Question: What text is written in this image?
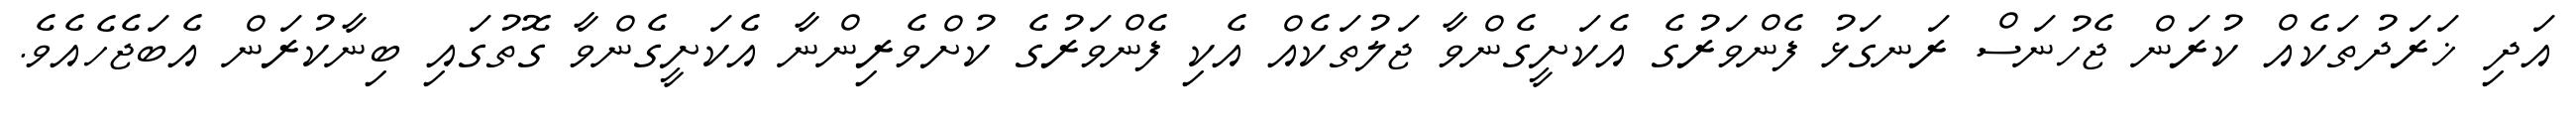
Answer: އަދި ޚަރަދުތަކެއް ކުރަން ޖެހުނަސް ރަނގަޅު ފެންވަރުގެ އެކަށީގެންވާ ޖަލުތަކެއް އެކި ފެންވަރުގެ ކުށްވެރިންނާ އެކަށީގެންވާ ގޮތުގައި ބިނާކުރަން އެބަޖެހެއެވެ.